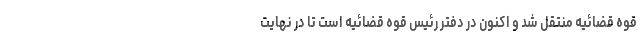
قوه قضائیه منتقل شد و اکنون در دفتر رئیس قوه قضائیه است تا در نهایت